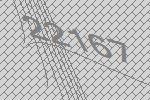
22167